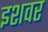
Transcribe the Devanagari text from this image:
इशवर